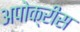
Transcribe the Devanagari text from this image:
अपोक्रीस